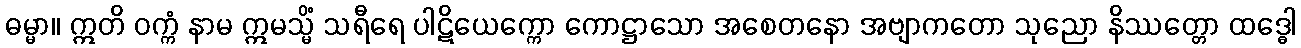
ဓမ္မာ။ ဣတိ ဝက္ကံ နာမ ဣမသ္မိံ သရီရေ ပါဋိယေက္ကော ကောဋ္ဌာသော အစေတနော အဗျာကတော သုညော နိဿတ္တော ထဒ္ဓေါ